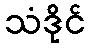
သံဒိုင်